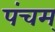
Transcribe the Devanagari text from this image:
पंचम्‌